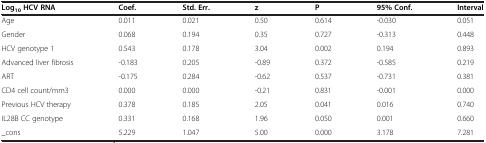
<table><thead><tr><td><b>Log<sub>10 </sub>HCV RNA</b></td><td><b>Coef.</b></td><td><b>Std. Err.</b></td><td><b>z</b></td><td><b>P</b></td><td><b>95% Conf.</b></td><td><b>Interval</b></td></tr></thead><tbody><tr><td>Age</td><td>0.011</td><td>0.021</td><td>0.50</td><td>0.614</td><td>-0.030</td><td>0.051</td></tr><tr><td>Gender</td><td>0.068</td><td>0.194</td><td>0.35</td><td>0.727</td><td>-0.313</td><td>0.448</td></tr><tr><td>HCV genotype 1</td><td>0.543</td><td>0.178</td><td>3.04</td><td>0.002</td><td>0.194</td><td>0.893</td></tr><tr><td>Advanced liver fibrosis</td><td>-0.183</td><td>0.205</td><td>-0.89</td><td>0.372</td><td>-0.585</td><td>0.219</td></tr><tr><td>ART</td><td>-0.175</td><td>0.284</td><td>-0.62</td><td>0.537</td><td>-0.731</td><td>0.381</td></tr><tr><td>CD4 cell count/mm3</td><td>0.000</td><td>0.000</td><td>-0.21</td><td>0.831</td><td>-0.001</td><td>0.000</td></tr><tr><td>Previous HCV therapy</td><td>0.378</td><td>0.185</td><td>2.05</td><td>0.041</td><td>0.016</td><td>0.740</td></tr><tr><td>IL28B CC genotype</td><td>0.331</td><td>0.168</td><td>1.96</td><td>0.050</td><td>0.001</td><td>0.660</td></tr><tr><td>_cons</td><td>5.229</td><td>1.047</td><td>5.00</td><td>0.000</td><td>3.178</td><td>7.281</td></tr></tbody></table>